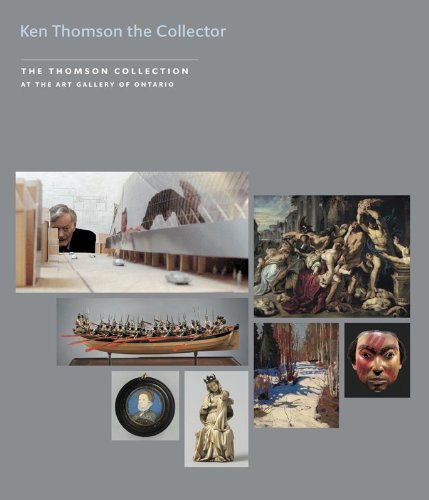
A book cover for Kenneth Thomson the Collector (The Thomson Collection at the Art Gallery of Ontario); Conal Shields; Crafts, Hobbies & Home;